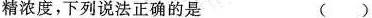
精浓度，下列说法正确的是 ( )